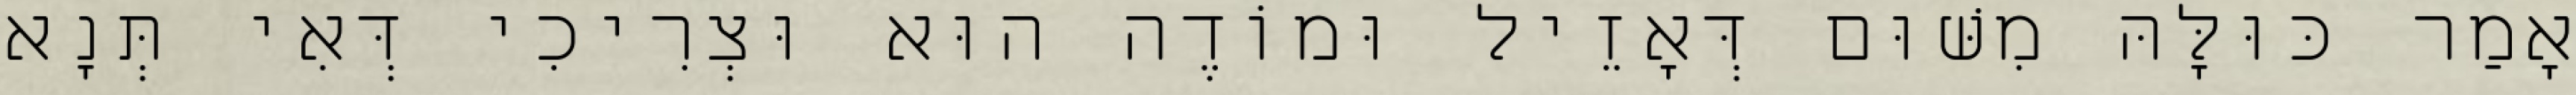
אָמַר כּוּלָּהּ מִשּׁוּם דְּאָזֵיל וּמוֹדֶה הוּא וּצְרִיכִי דְּאִי תְּנָא